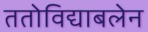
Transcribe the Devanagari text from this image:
ततोविद्याबलेन